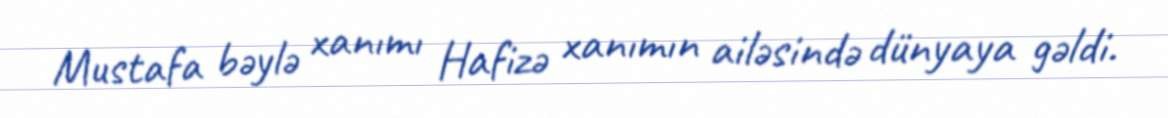
Mustafa bəylə xanımı Hafizə xanımın ailəsində dünyaya gəldi.